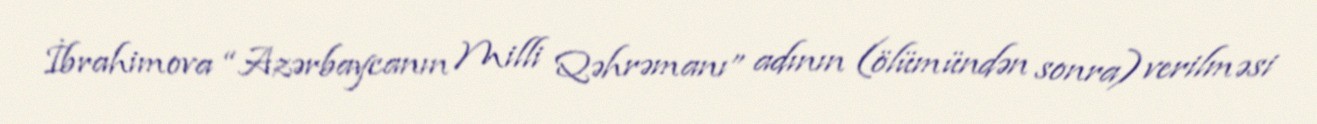
İbrahimova “Azərbaycanın Milli Qəhrəmanı” adının (ölümündən sonra) verilməsi